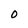
Character: O